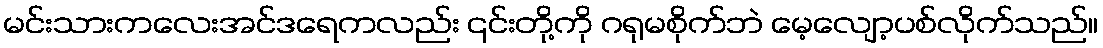
မင်းသားကလေးအင်ဒရေကလည်း ၎င်းတို့ကို ဂရုမစိုက်ဘဲ မေ့လျော့ပစ်လိုက်သည်။